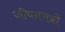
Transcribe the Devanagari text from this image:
जीवनचक्रों